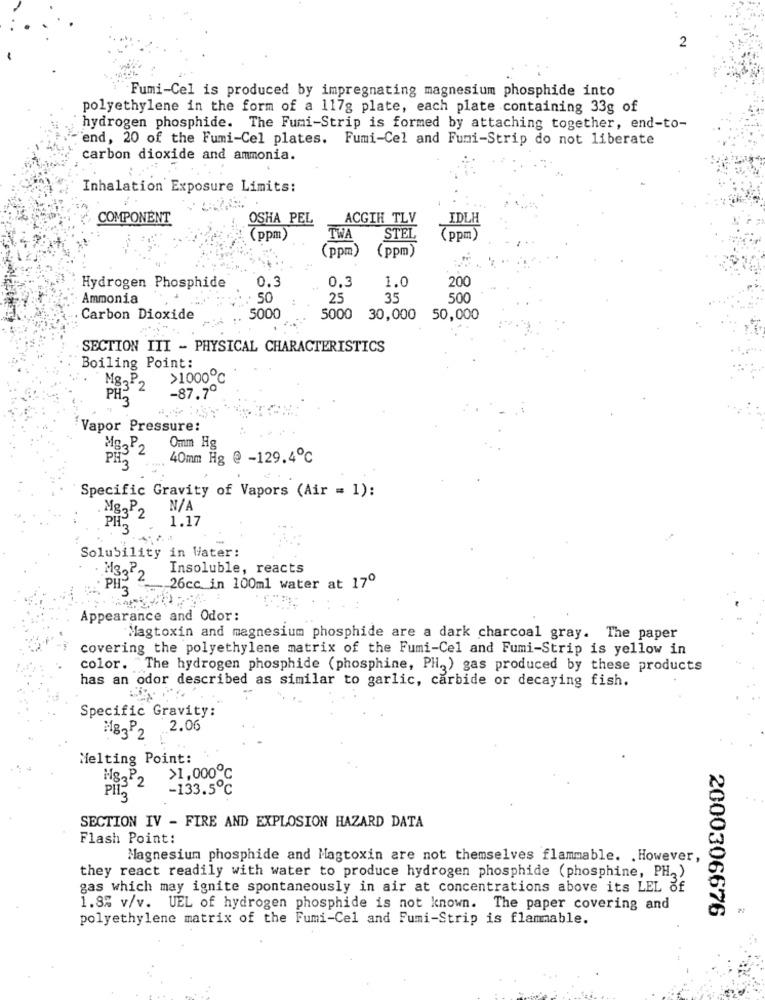
2
Fumi-Cel is produced by impregnating magnesium phosphide into
polyethylene in the form of a 117g plate, each plate containing 33g of
hydrogen phosphide. The Fumi-Strip is formed by attaching together, end-to-
end, 20 of the Fumi-Cel plates. Fumi-Cel and Fumi-Strip do not liberate
carbon dioxide and ammonia.
Inhalation Exposure Limits:
COMPONENT
OSHA PEL
ACGIH TLV
IDLH
(ppm)
TWA
STEL
(ppm)
(ppm)
(ppm)
0.3
0.3
1.0
200
Hydrogen Phosphide
Ammonia
50
25
35
500
Carbon Dioxide
5000
5000
30,000 50,000
SECTION III - PHYSICAL CHARACTERISTICS
Boiling Point:
Mg-P
>1000℃
-87.7º
PH
Vapor Pressure:
Omm Hg
Mg3P2
PH2
40mm Hg @ -129.4℃
Specific Gravity of Vapors (Air = 1):
Mg3P2
PH
1.17
113
Solubility in Water:
M3.P.
Insoluble, reacts
PH
26cc in 100ml water at 17º
Appearance and Odor:
Magtoxin and magnesium phosphide are a dark charcoal gray. The paper
covering the polyethylene matrix of the Fumi-Cel and Fumi-Strip is yellow in
color. "The hydrogen phosphide (phosphine, PH.) gas produced by these products
has an odor described as similar to garlic, carbide or decaying fish.
Specific Gravity:
.2.06
MB3P2
Melting Point:
H82P2
>1,000℃
-133.5℃
Pll3
SECTION IV - FIRE AND EXPLOSION HAZARD DATA
Flash Point:
Magnesium phosphide and Magtoxin are not themselves flammable. . However,
they react readily with water to produce hydrogen phosphide (phosphine, PH2)
gas which may ignite spontaneously in air at concentrations above its LEL of
1.8% v/v. UEL of hydrogen phosphide is not known. The paper covering and
2000306676
polyethylene matrix of the Fumi-Cel and Fumi-Strip is flammable.